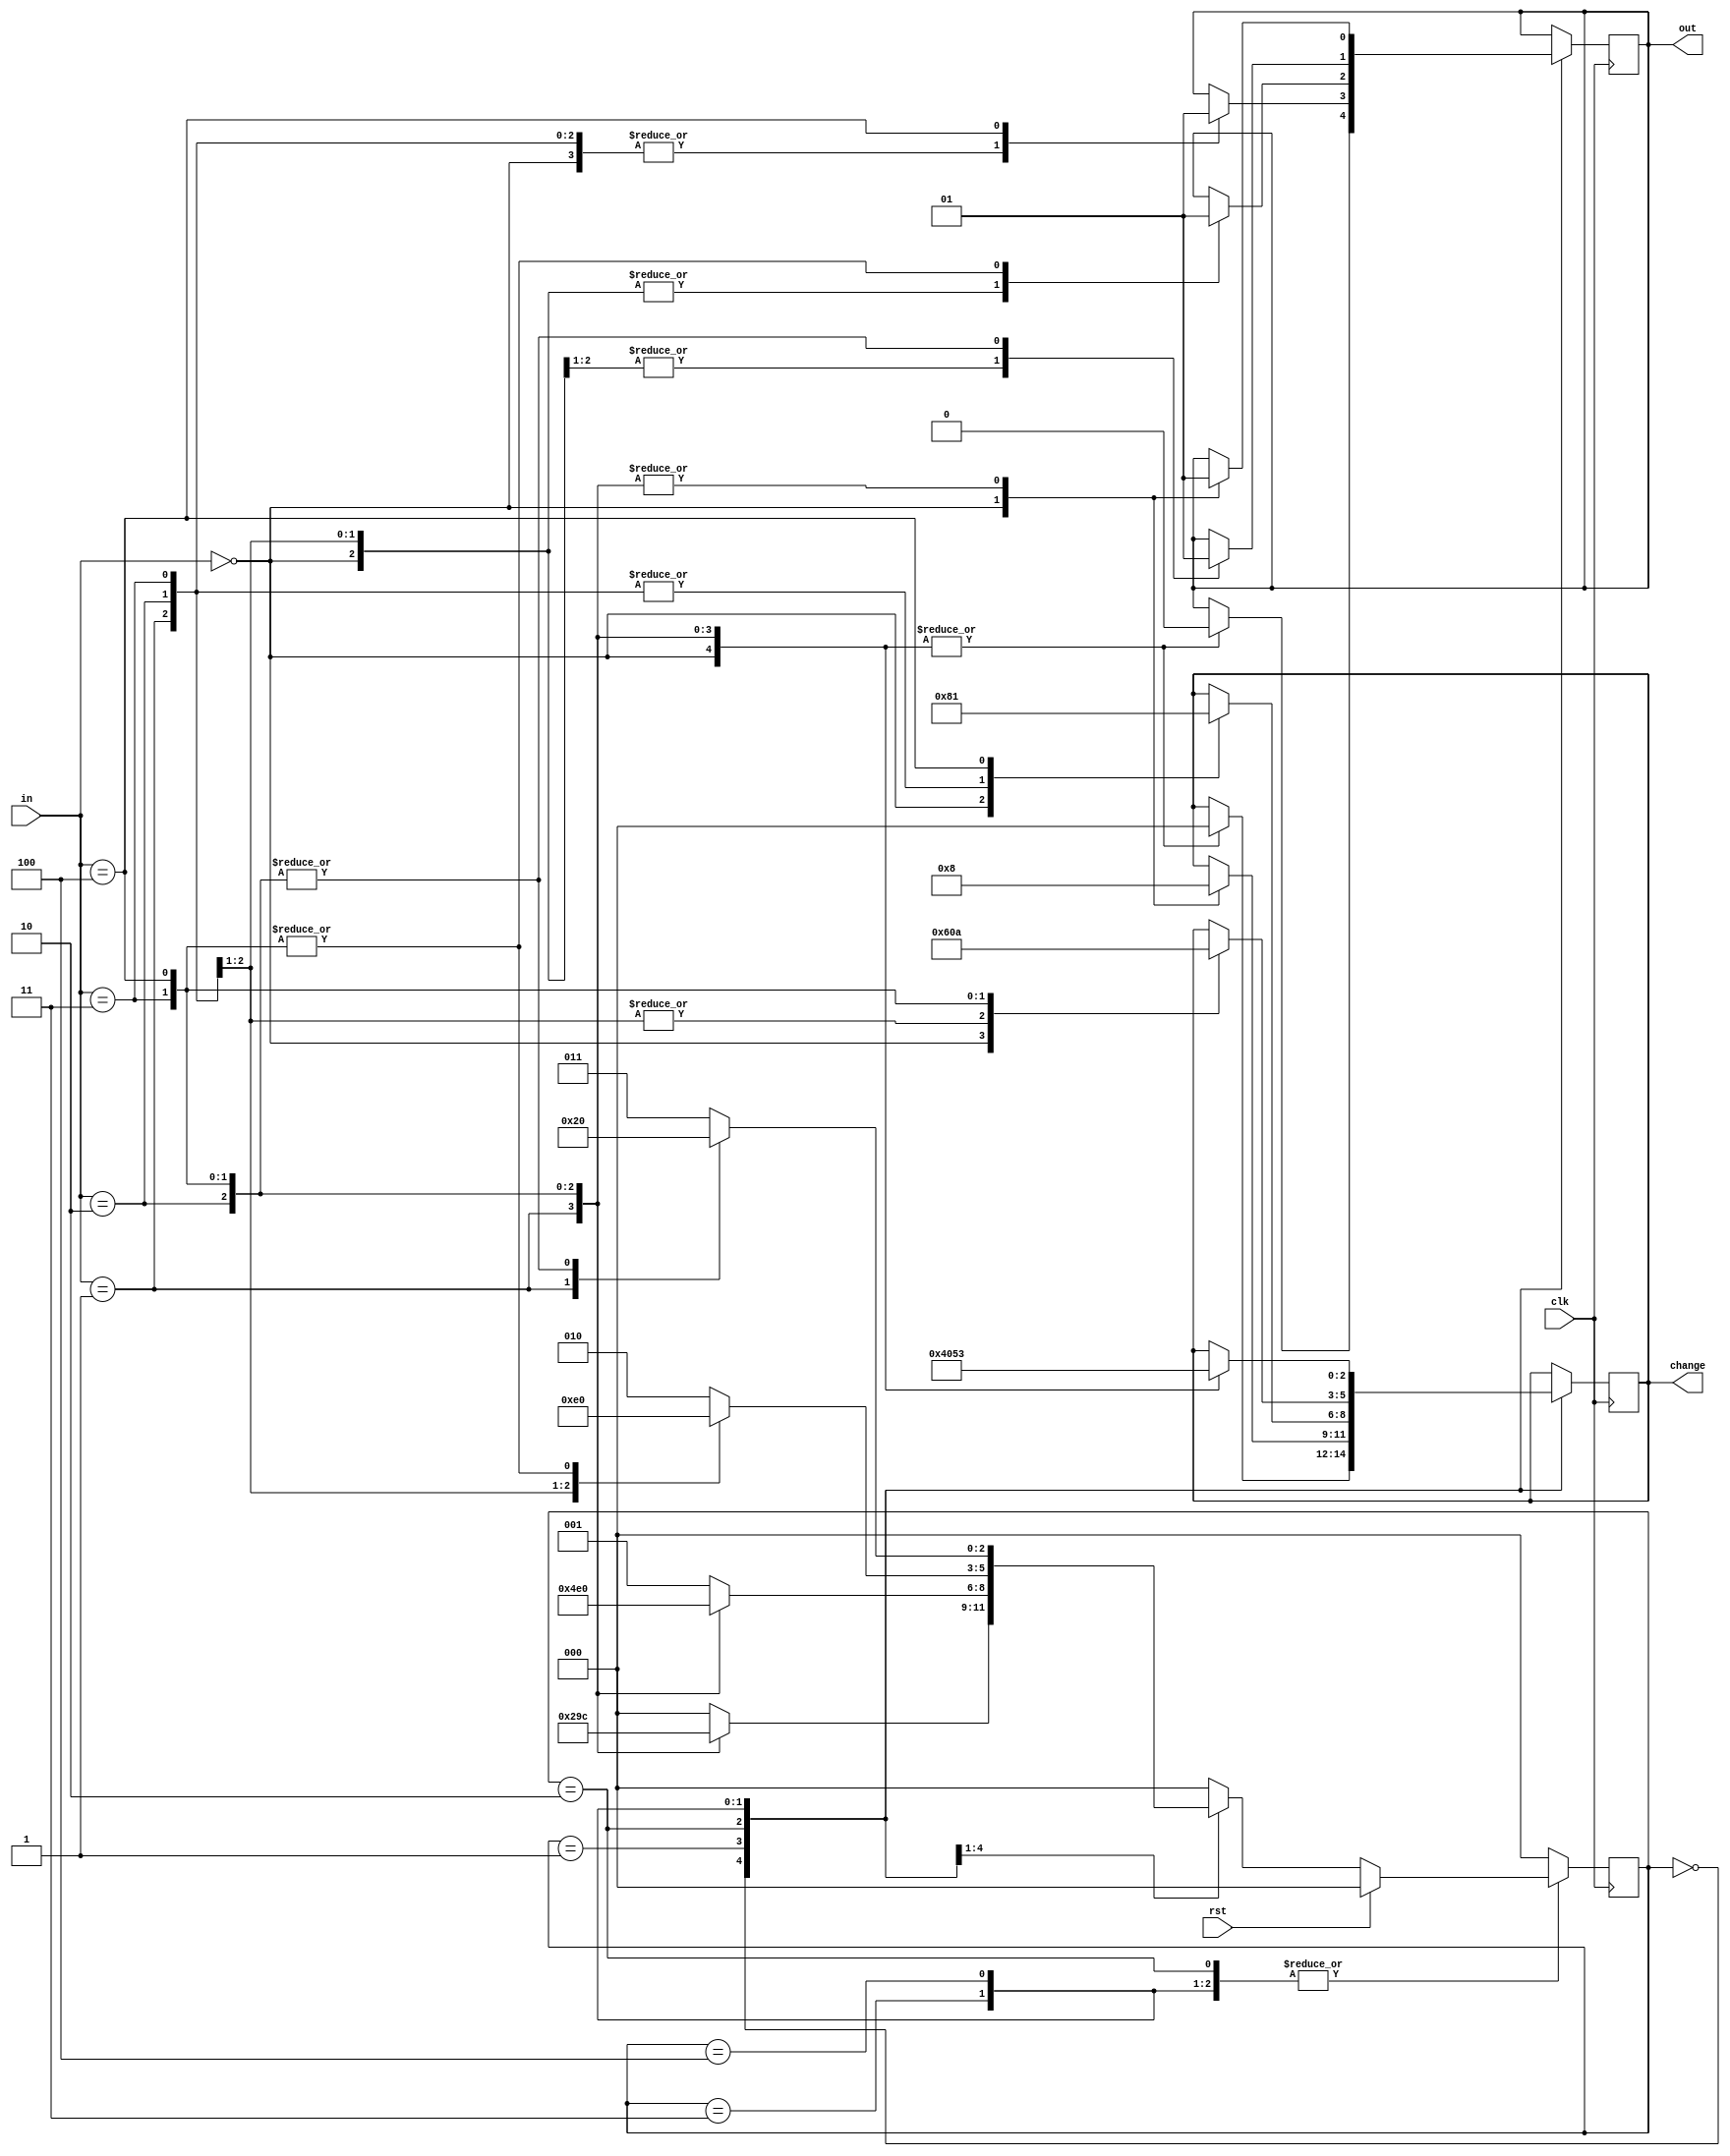
module vending_machine(
  input clk,
  input rst,
  input [2:0]in, // 001 = 5 rs, 010 = 10 rs, 011 = 15rs, 100 = 20rs
  output reg out,
  output reg[2:0] change
);
  parameter s0 = 3'b000;
  parameter s1 = 3'b001;
  parameter s2 = 3'b010;
  parameter s3 = 3'b011;
  parameter s4 = 3'b100;
  
	reg[2:0] c_state,n_state;
  
	always@ (posedge clk)
	begin
        if(rst == 1)
            begin
                c_state <= 0;
                //n_state = 0;
                change <= 3'b000;
                out<=0;
            end
        else
            c_state <= n_state;
        case(c_state)
            
            s0:begin//state 0 : 0 r
                case(in)
                0:begin
                    out<=0;  //0 item
                    change<='b000;  //0 r
                end
                1:begin
                    out<=0;  //0 item
                    change<='b000;  //0 r
                end
                2:begin
                    out<=0;  //0 item
                    change<='b000;  //0 r
                end
                3:begin
                    out<=0;  //0 item
                    change<='b000;  //0 r
                end
                4:begin
                    out<=0;  //0 item
                    change<='b000;  //0 r
                end
                 
                
            endcase
        end
        s1:begin//state 1 : 5 r
            case(in)
                0:begin
                    out<=0;  //0 item
                    change<='b001;  //5 r
                end
                1:begin
                    out<=0;  //0 item
                    change<='b000;  //0 r
                end
                2:begin
                    out<=0;  //0 item
                    change<='b000;  //0 r
                end
                3:begin
                    out<=0;  //0 item
                    change<='b000;  //0 r
                end
                4:begin
                    out<=1;  //1 item
                    change<='b000;  //0 r
                end
            endcase
        end
        s2:begin//state 2 : 10 r
            case(in)
                0:begin
                    out=0;  //0 item
                    change='b010;  //10 r
                end
                1:begin
                    out=0;  //0 item
                    change='b000;  //0 r
                end
                2:begin
                    out=0;  //0 item
                    change='b000;  //0 r
                end
                3:begin
                    out=1;  //1 item
                    change='b000; //5 r
                end
                4:begin
                    out=1;  //1 item
                    change='b001;  //5 r
                end
            endcase
        end
        s3:begin//state 3 : 15 r
            case(in)
                0:begin
                    out=0;  //0 item
                    change='b011;  //15 r
                end
                1:begin
                    out=0;  //0 item
                    change='b000;  //0 r
                end
                2:begin
                    out=1;  //1 item
                    change='b000;  //0 r
                end
                3:begin
                    out=1; //1 item
                    change='b001; //5 r
                end
                4:begin
                    out=1;  //1 item
                    change='b010;  //10 r
                end
            endcase
        end
        s4:begin//state 4 : 20 r
            case(in)
                0:begin
                    out=0;  //0 item
                    change='b100;  //20 r
                end
                1:begin
                    out=1;  //1 item
                    change='b000;  //0 r
                end
                2:begin
                    out=1;  //1 item
                    change='b001;  //5 r
                end
                3:begin
                    out=1;  //1 item
                    change='b010;  //10 r
                end
                4:begin
                    out=1;  //1 item
                    change='b011;  //15 r
                end
            endcase
        end
            default:c_state<=s0;
    endcase
    end
    always @(in or c_state) begin
        n_state=0;
        case(c_state)
            s0:begin
                case(in)
                    0:n_state=s0;
                    1:n_state=s1;
                    2:n_state=s2;
                    3:n_state=s3;
                    4:n_state=s4;
                    default:n_state=s0;
                endcase
            end
            s1:begin
                case(in)
                    0:n_state=s1;
                    1:n_state=s2;
                    2:n_state=s3;
                    3:n_state=s4;
                    4:n_state=s0;
                    default:n_state=s1;
                endcase
            end
            s2:begin
                case(in)
                    0:n_state=s2;
                    1:n_state=s3;
                    2:n_state=s4;
                    3:n_state=s0;
                    4:n_state=s0;
                    default:n_state=s2;
                endcase
            end
            s3:begin
                case(in)
                    0:n_state=s3;
                    1:n_state=s4;
                    2:n_state=s0;
                    3:n_state=s0;
                    4:n_state=s0;
                    default:n_state=s3;
                endcase
            end
            s4:begin
                n_state=s0;
            end
            default:n_state=s0;
        endcase
    end
endmodule